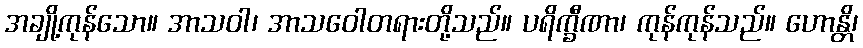
အချို့ကုန်သော။ အာသဝါ၊ အာသဝေါတရားတို့သည်။ ပရိက္ခီဏာ၊ ကုန်ကုန်သည်။ ဟောန္တိ၊